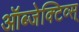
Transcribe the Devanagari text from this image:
ऑब्जेक्टिव्स्